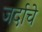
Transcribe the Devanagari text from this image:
जर्दाचे